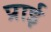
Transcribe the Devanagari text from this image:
प्राई